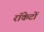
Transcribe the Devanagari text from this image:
राॅकेटों